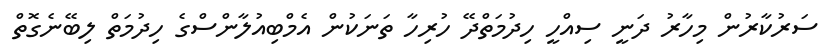
ސަރުކާރުން މިހާރު ދަނީ ސިއްހީ ހިދުމަތްދޭ ހުރިހާ ތަނަކުން އެމްބިއުލާންސްގެ ހިދުމަތް ލިބޭނެގޮތް